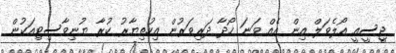
ޖީސީއީ އޯލެވަލް އިން އެއް ވަނަ ހޯދާ ދަރިވަރުން އިހުތިޔާރު ކުރާ ޔުނިވާސިޓިއަކުން